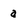
Character: a